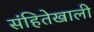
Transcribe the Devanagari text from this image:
संहितेखाली